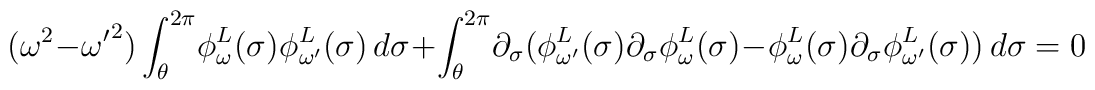
(\omega^2 - {\omega^\prime}^2) \int _\theta^{2\pi}\!\phi^L_\omega(\sigma)\:\phi^L_{\omega^\prime}(\sigma)\,d\sigma + \int _\theta^{2\pi}\!\partial_{\sigma}(\phi^L_{\omega^\prime}(\sigma)\:\partial_{\sigma}\phi^L_\omega(\sigma) - \phi^L_\omega(\sigma)\:\partial_{\sigma}\phi^L_{\omega^\prime}(\sigma))\,d\sigma = 0